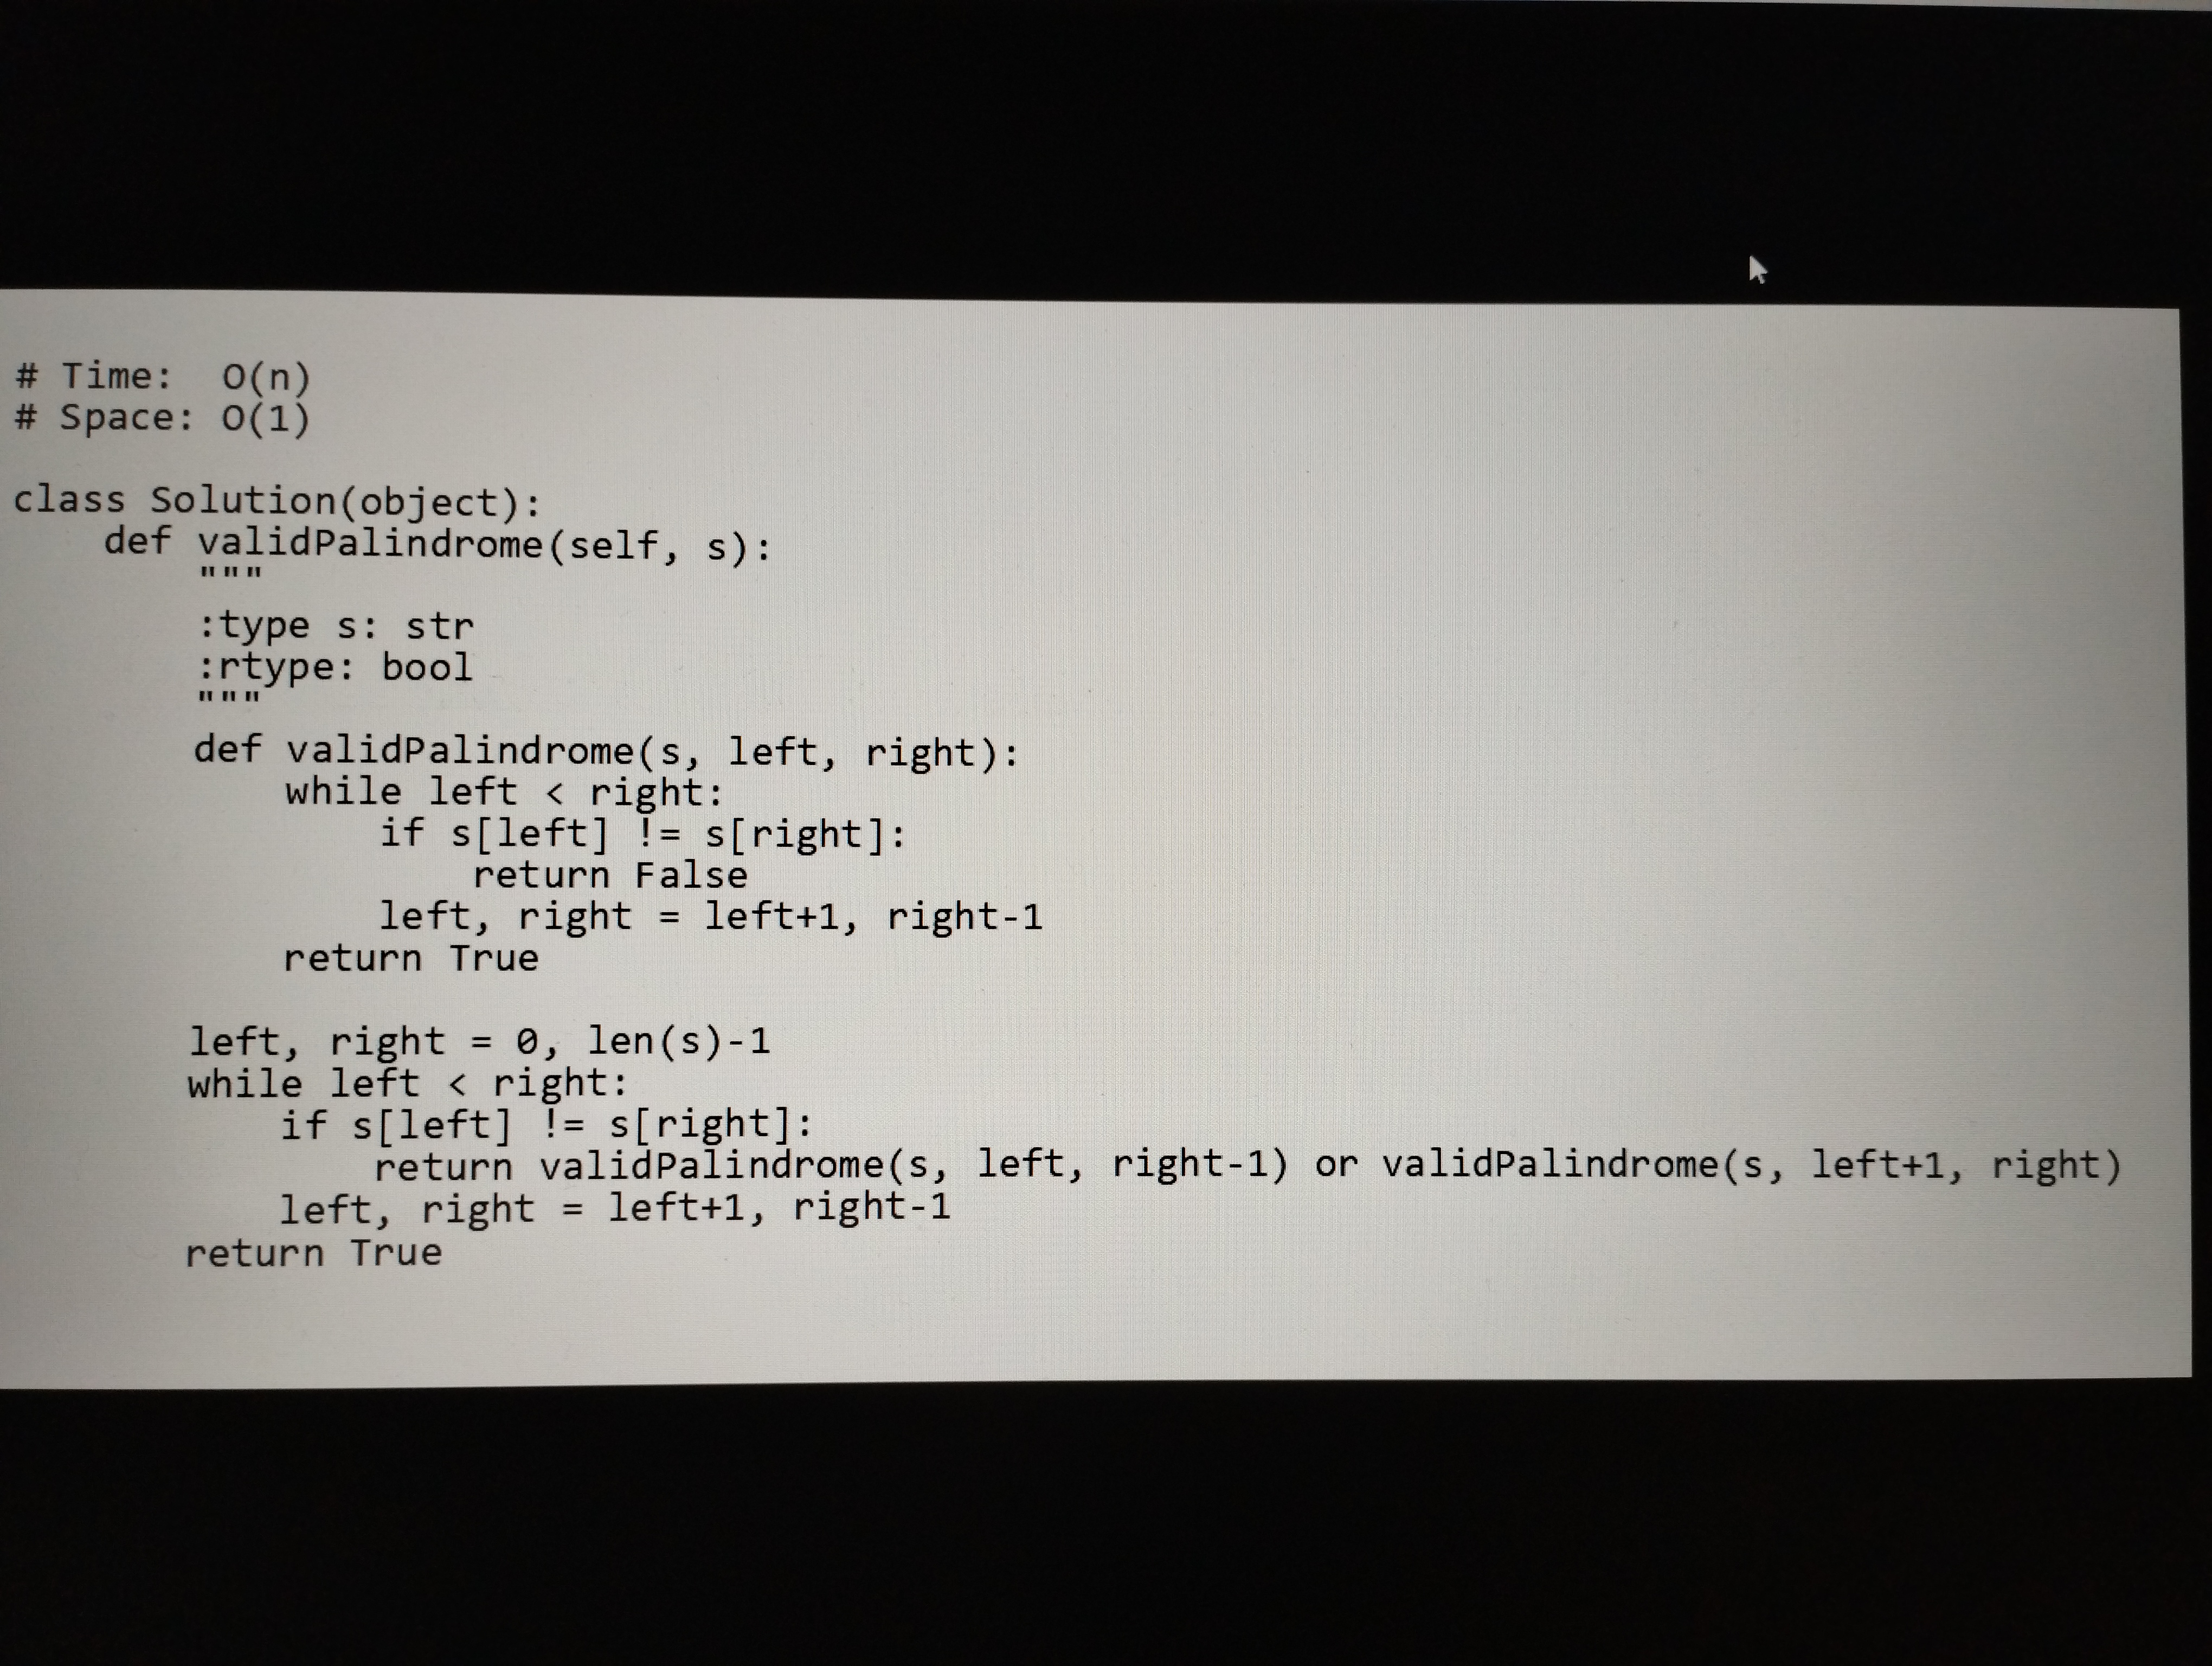
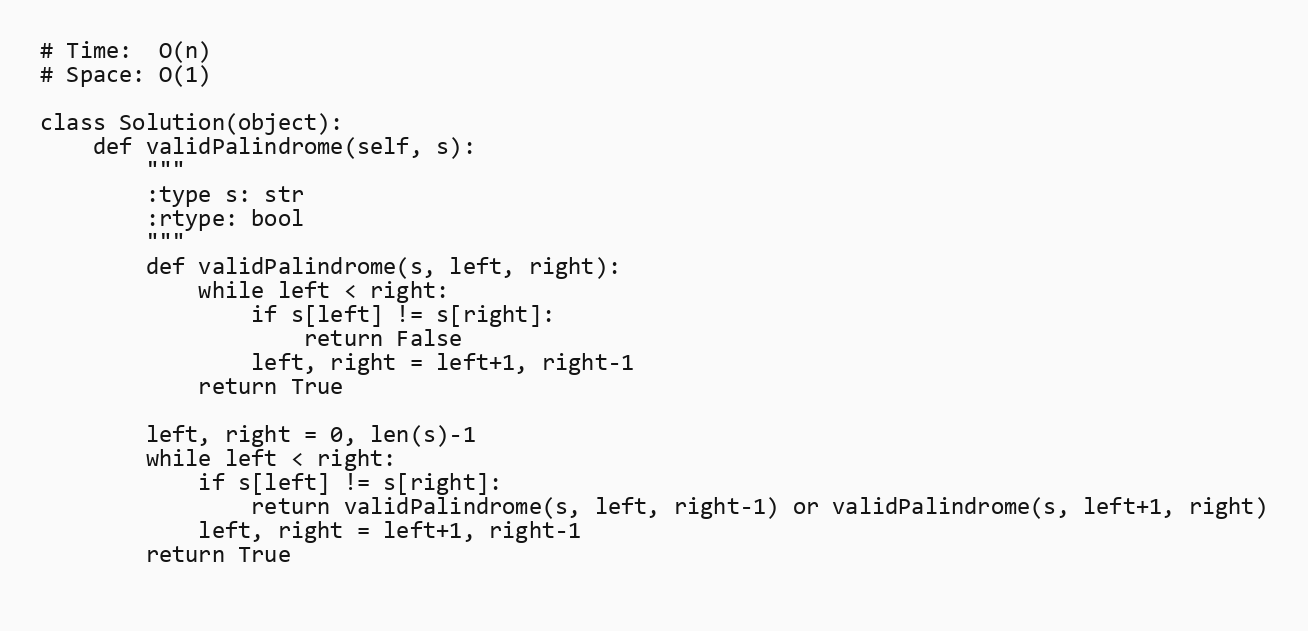
# Time:  O(n)
# Space: O(1)

class Solution(object):
    def validPalindrome(self, s):
        """
        :type s: str
        :rtype: bool
        """
        def validPalindrome(s, left, right):
            while left < right:
                if s[left] != s[right]:
                    return False
                left, right = left+1, right-1
            return True

        left, right = 0, len(s)-1
        while left < right:
            if s[left] != s[right]:
                return validPalindrome(s, left, right-1) or validPalindrome(s, left+1, right)
            left, right = left+1, right-1
        return True